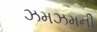
ઝમઝમની